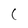
Character: C